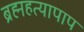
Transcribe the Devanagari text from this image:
ब्रह्महत्यापाप